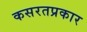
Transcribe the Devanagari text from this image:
कसरतप्रकार